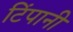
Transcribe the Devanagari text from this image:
टिंपानी